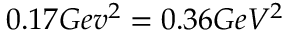
0 . 1 7 G e v ^ { 2 } = 0 . 3 6 G e V ^ { 2 }